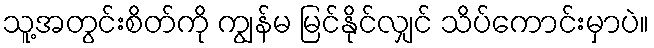
သူ့အတွင်းစိတ်ကို ကျွန်မ မြင်နိုင်လျှင် သိပ်ကောင်းမှာပဲ။